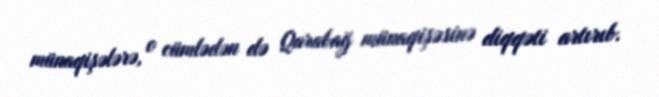
münaqişələrə, o cümlədən də Qarabağ münaqişəsinə diqqəti artırıb.